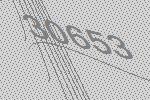
30653